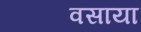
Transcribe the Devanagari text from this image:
वसाया